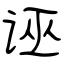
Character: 诬